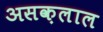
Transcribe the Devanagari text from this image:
असक़लाल